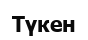
Түкен